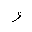
Letter: _waw